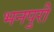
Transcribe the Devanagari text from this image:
भनपुरी